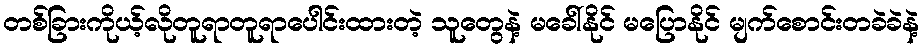
တစ်ခြားကိုယ့်လိုတူရာတူရာပေါင်းထားတဲ့ သူတွေနဲ့ မခေါ်နိုင် မပြောနိုင် မျက်စောင်းတခဲခဲနဲ့